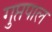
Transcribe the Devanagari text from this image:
गुप्तपाल